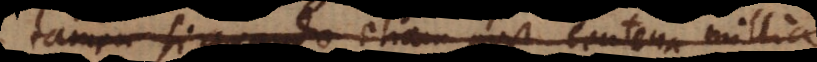
tamen si quando etiam post centena millia